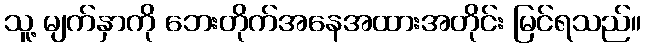
သူ့ မျက်နှာကို ဘေးတိုက်အနေအထားအတိုင်း မြင်ရသည်။